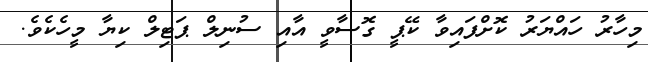
މިހާރު ހައްޔަރު ކޮށްފައިވާ ކޭޕީ ގޮސާވީ އާއި ސުނިލް ޕަޓިލް ކިޔާ މީހެކެވެ.